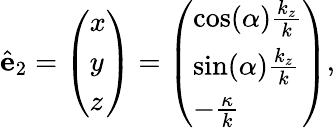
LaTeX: \hat{\mathbf{e}}_{2}=\left(\begin{array}{l}{x}\\ {y}\\ {z}\end{array}\right)=\left(\begin{array}{l}{\cos(\alpha)\frac{k_{z}}{k}}\\ {\sin(\alpha)\frac{k_{z}}{k}}\\ {-\frac{\kappa}{k}}\end{array}\right),